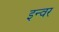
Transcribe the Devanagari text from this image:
इन्वर